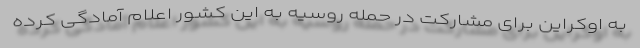
به اوکراین برای مشارکت در حمله روسیه به این کشور اعلام آمادگی کرده